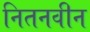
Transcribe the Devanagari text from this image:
नितनवीन